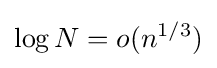
\log N=o(n^{1/3})